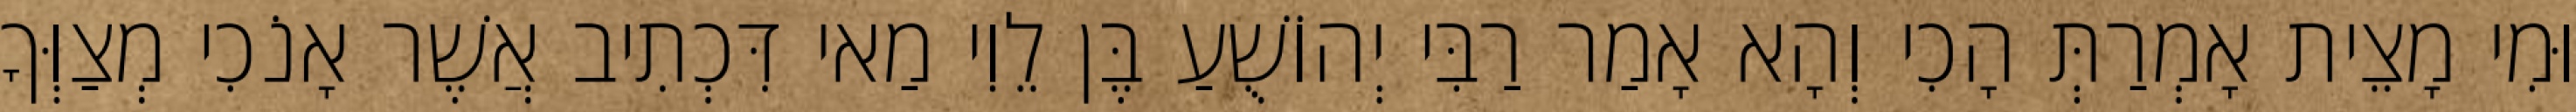
וּמִי מָצֵית אָמְרַתְּ הָכִי וְהָא אָמַר רַבִּי יְהוֹשֻׁעַ בֶּן לֵוִי מַאי דִּכְתִיב אֲשֶׁר אָנֹכִי מְצַוְּךָ